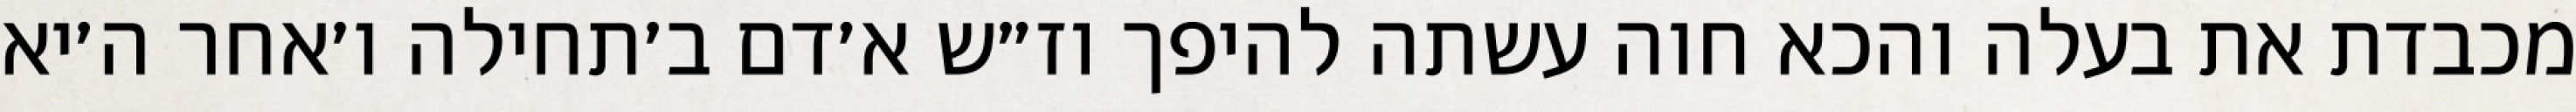
מכבדת את בעלה והכא חוה עשתה להיפך וז״ש א׳דם ב׳תחילה ו׳אחר ה׳יא